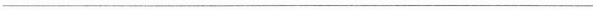
___